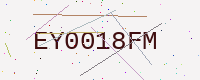
Text: EY0018FM